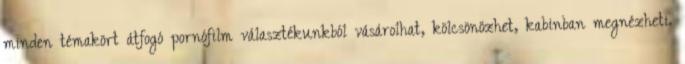
minden témakört átfogó pornófilm választékunkból vásárolhat, kölcsönözhet, kabinban megnézheti.